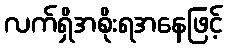
လက်ရှိအစိုးရအနေဖြင့်